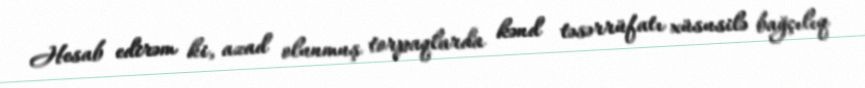
Hesab edirəm ki, azad olunmuş torpaqlarda kənd təsərrüfatı xüsusilə bağçılıq